Black-water fever - Number 35
Disease focus: Fever
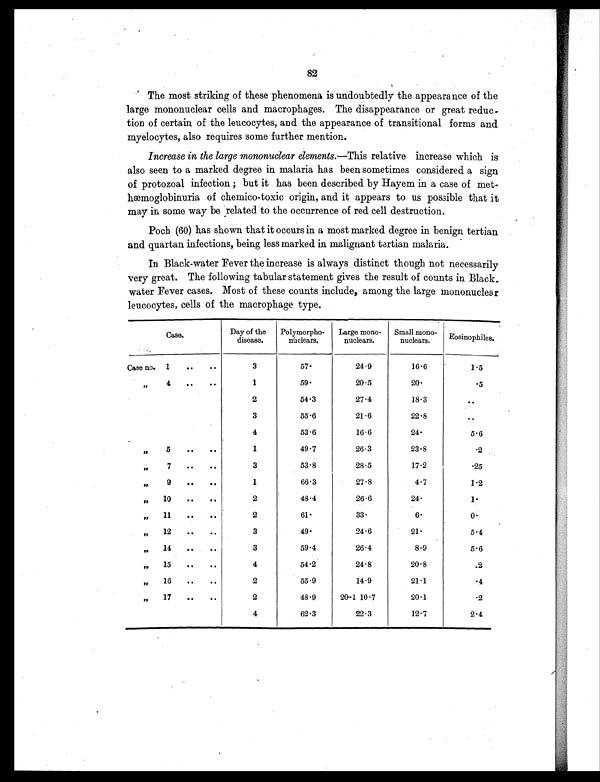
82
The most striking of these phenomena is undoubtedly the appearance of the
large mononuclear cells and macrophages. The disappearance or great reduc-
tion of certain of the leucocytes, and the appearance of transitional forms and
myelocytes, also requires some further mention.
Increase in the large mononuclear elements.— This relative increase which is
also seen to a marked degree in malaria has been sometimes considered a sign
of protozoal infection ; but it has been described by Hayem in a case of met-
hæmoglobinuria of chemico-toxic origin, and it appears to us possible that it
may in some way be related to the occurrence of red cell destruction.
Poch (60) has shown that it occurs in a most marked degree in benign tertian
and quartan infections, being less marked in malignant tertian malaria.
In Black-water Fever the increase is always distinct though not necessarily
very great. The following tabular statement gives the result of counts in Black
-water Fever cases. Most of these counts include, among the large mononuclear
leucocytes, cells of the macrophage type.
Case.
Day of the
disease.
Polymorpho-
nuclears.
Large mono-
nuclears.
Small mono-
nuclears.
Eosinophiles.
Case no. 1
..
..
3
5 7 .
24.9
16.6
1.5
, , 4
. .
..
1
59.
20.5
20.
.5
2
54.3
27.4
18.3
..
3
55.6
21.6
22.8
..
4
53.6
16.6
24.
5.6
, ,
5
..
..
1
49.7
26.3
23.8
.2
, ,
7
..
3
53.8
28.5
17.2
.25
,,
9
. .
. .
1
66.3
27.8
4.7
1.2
, ,
10
..
..
2
48.4
26.6
24.
1.
, ,
11
..
..
2
61.
33.
6.
0.
, ,
12
..
..
3
49.
24.6
21.
5.4
, ,
14
..
..
3
59.4
26.4
8.9
5.6
, ,
15
..
..
4
54.2
24.8
20.8
.2
, ,
16
..
..
2
55.9
14.9
21.1
.4
, ,
17
..
..
2
48.9
20.1 10.7
20.1
.2
4
62.3
22.3
12.7
2.4